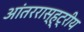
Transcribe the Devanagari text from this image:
आंतररास्ह्ट्रीय